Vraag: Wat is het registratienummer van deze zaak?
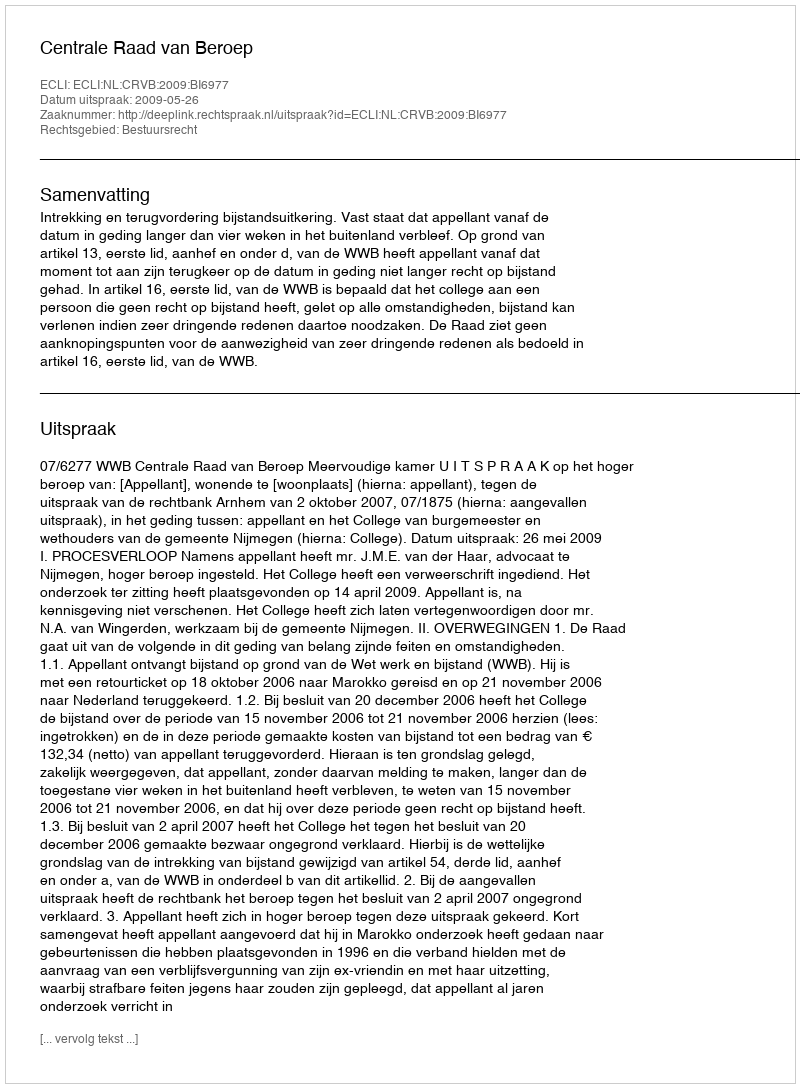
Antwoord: http://deeplink.rechtspraak.nl/uitspraak?id=ECLI:NL:CRVB:2009:BI6977